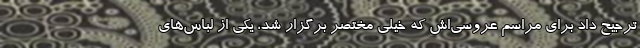
ترجیح داد برای مراسم عروسی‌اش که خیلی مختصر برگزار شد، یکی از لباس‌های